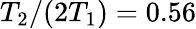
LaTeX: T_{2}/(2T_{1})=0.56